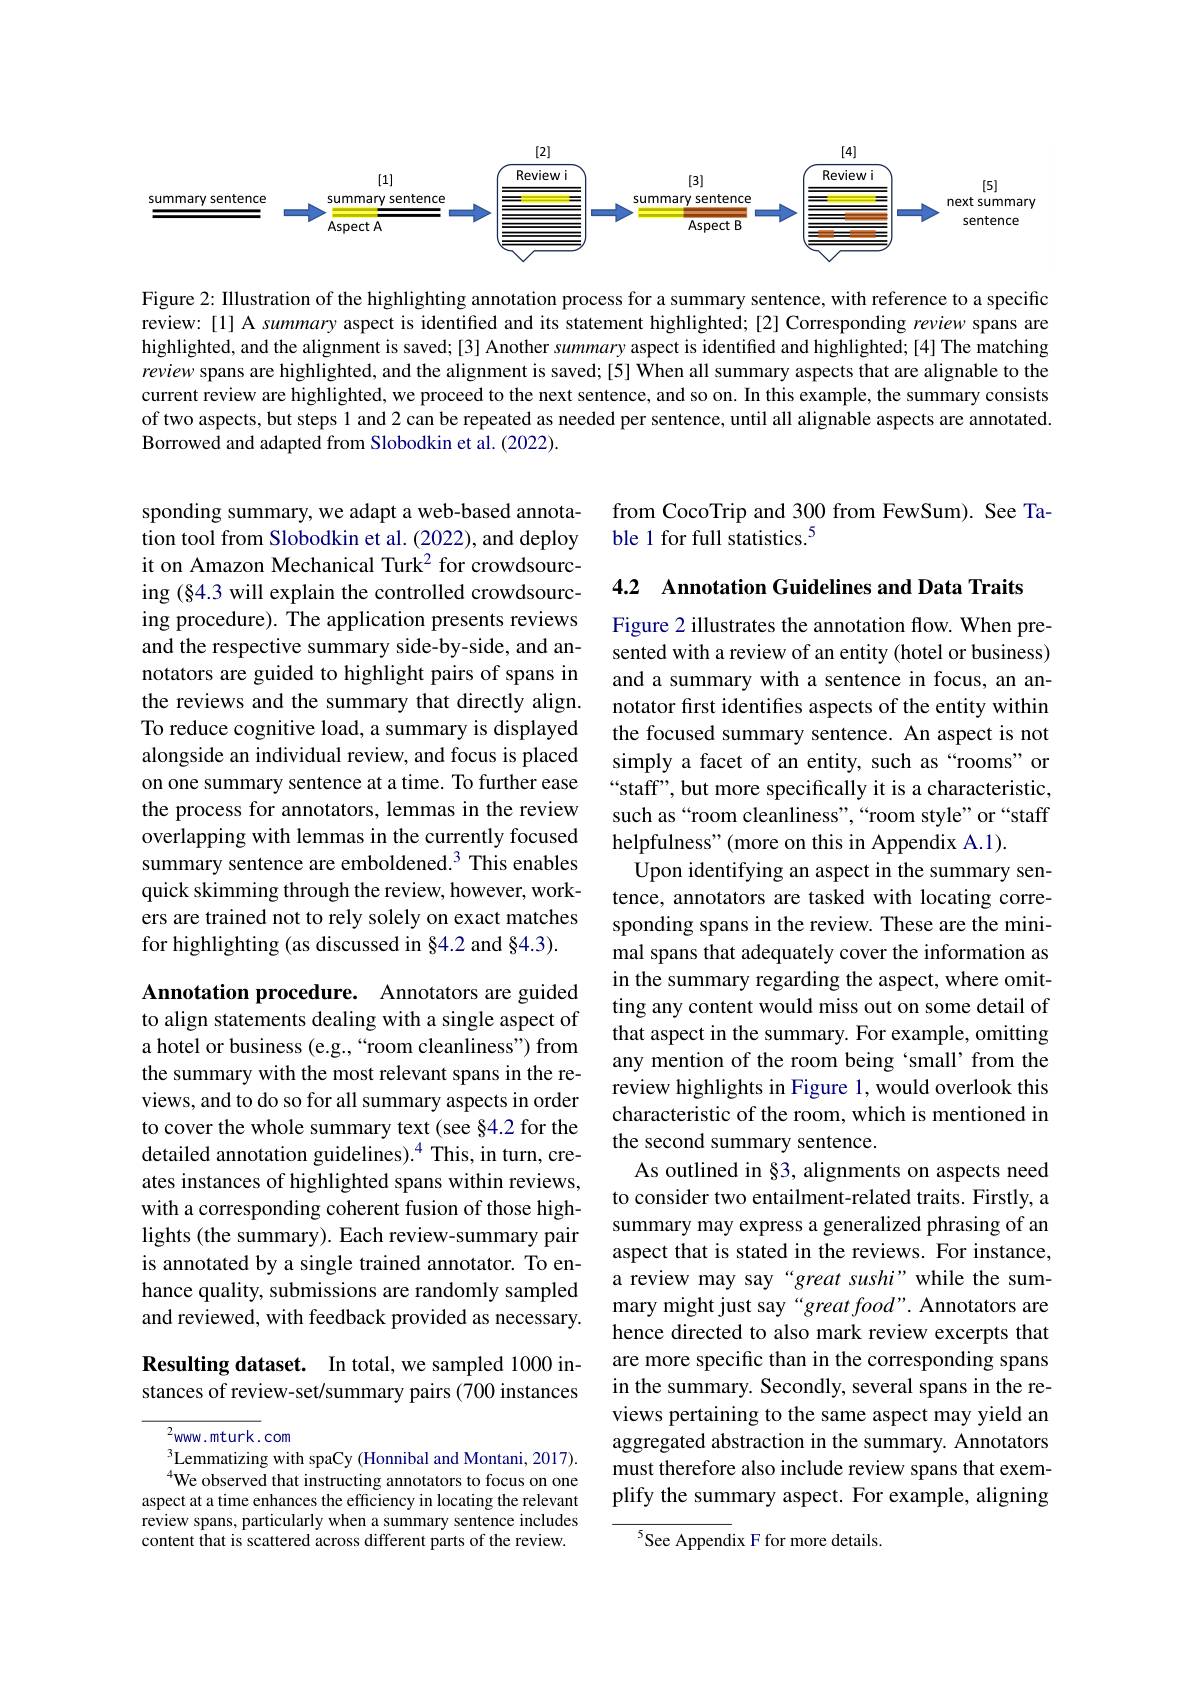
<FigureHere>

Figure 2: Illustration of the highlighting annotation process for a summary sentence, with reference to a specific review:[1] A summary aspect is identified and its statement highlighted;[2] Corresponding review spans are highlighted, and the alignment is saved;[3] Another summary aspect is identified and highlighted;[4] The matching review spans are highlighted, and the alignment is saved;[5] When all summary aspects that are alignable to the current review are highlighted, we proceed to the next sentence, and so on. In this example, the summary consists of two aspects, but steps l and 2 can be repeated as needed per sentence, until all alignable aspects are annotated. Borrowed and adapted from Slobodkin et al. (2022).

from CocoTrip and 300 from FewSum). See Ta-
ble 1 for full statistics.$^{5}$

4.2 Annotation Guidelines and Data Traits

sponding summary, we adapt a web-based annotation tool from Slobodkin et al. (2022), and deploy it on Amazon Mechanical Turk$^{2}$ for crowdsourcing (§4.3 will explain the controlled crowdsourcing procedure). The application presents reviews and the respective summary side-by-side, and annotators are guided to highlight pairs of spans in the reviews and the summary that directly align. To reduce cognitive load, a summary is displayed alongside an individual review, and focus is placed on one summary sentence at a time. To further ease the process for annotators, lemmas in the review overlapping with lemmas in the currently focused summary sentence are emboldened.$^{3}$ This enables quick skimming through the review, however, workers are trained not to rely solely on exact matches for highlighting (as discussed in §4.2 and §4.3).

Figure 2 illustrates the annotation flow. When presented with a review of an entity (hotel or business) and a summary with a sentence in focus, an annotator first identifes aspects of the entity within the focused summary sentence. An aspect is not simply a facet of an entity, such as “rooms” or “staff”, but more specifically it is a characteristic, such as“room cleanliness",“room style”or“staff helpfulness" (more on this in Appendix A.1).
Upon identifying an aspect in the summary sentence, annotators are tasked with locating corresponding spans in the review. These are the minimal spans that adequately cover the information as in the summary regarding the aspect, where omitting any content would miss out on some detail of that aspect in the summary. For example, omitting any mention of the room being ‘small’ from the review highlights in Figure 1, would overlook this characteristic of the room, which is mentioned in the second summary sentence.
As outlined in §3, alignments on aspects need to consider two entailment-related traits. Firstly, a summary may express a generalized phrasing of an aspect that is stated in the reviews. For instance a review may say“great sushi”while the summary might just say“great food”. Annotators are hence directed to also mark review excerpts that are more specific than in the corresponding spans in the summary. Secondly, several spans in the reviews pertaining to the same aspect may yield an aggregated abstraction in the summary. Annotators must therefore also include review spans that exemplify the summary aspect. For example, aligning
See Appendix F for more details.

Annotation procedure. Annotators are guided to align statements dealing with a single aspect of a hotel or business (e.g.,“room cleanliness”) from the summary with the most relevant spans in the reviews, and to do so for all summary aspects in order to cover the whole summary text (see §4.2 for the detailed annotation guidelines).$^{4}$ This, in turn, creates instances of highlighted spans within reviews, with a corresponding coherent fusion of those highlights (the summary). Each review-summary pair is annotated by a single trained annotator. To enhance quality, submissions are randomly sampled and reviewed, with feedback provided as necessary.

## Resulting dataset. In total, we sampled 1000 instances of review-set/summary pairs (700 instances

${}^{2}$www.mturk.com
$^{3}$Lemmatizing with spaCy (Honnibal and Montani, 2017). $^{4}$We observed that instructing annotators to focus on one
aspect at a time enhances the efficiency in locating the relevant review spans, particularly when a summary sentence includes content that is scattered across different parts of the review.